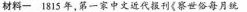
材料一 1815年，第一家中文近代报刊《察世俗每月统